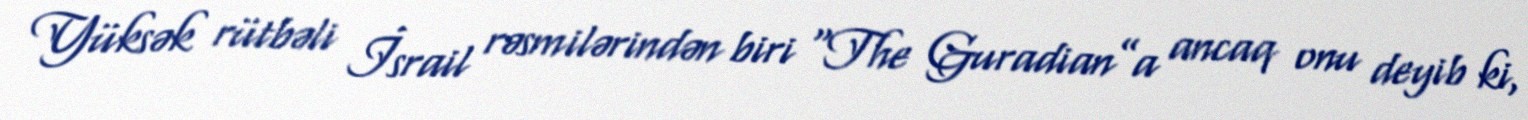
Yüksək rütbəli İsrail rəsmilərindən biri “The Guradian”a ancaq onu deyib ki,